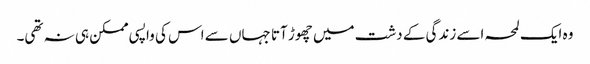
وہ ایک لمحہ اسے زندگی کے دشت میں چھوڑ آتا جہاں سے اس کی واپسی ممکن ہی نہ تھی۔